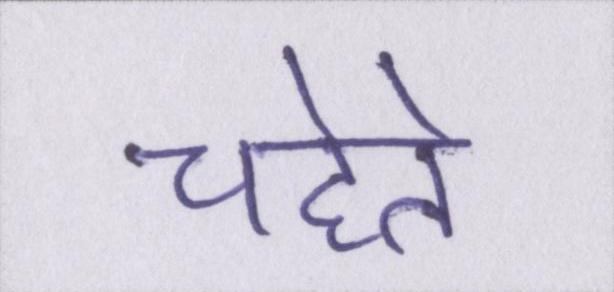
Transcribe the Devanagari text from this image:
चहेते